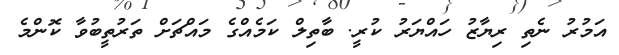
އަމުރު ނެތި ރިޔާޒު ހައްޔަރު ކުރީ. ބާތިލް ކަމެއްގެ މައްޗަށް ތަރުތީބުވާ ކޮންމެ